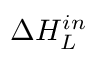
\Delta H _ { L } ^ { i n }